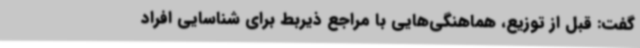
گفت: قبل از توزیع، هماهنگی‌هایی با مراجع ذیربط برای شناسایی افراد